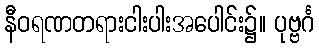
နီဝရဏတရားငါးပါးအပေါင်း၌။ ပုဗ္ဗင်္ဂ